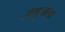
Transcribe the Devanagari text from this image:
अश्रुजला